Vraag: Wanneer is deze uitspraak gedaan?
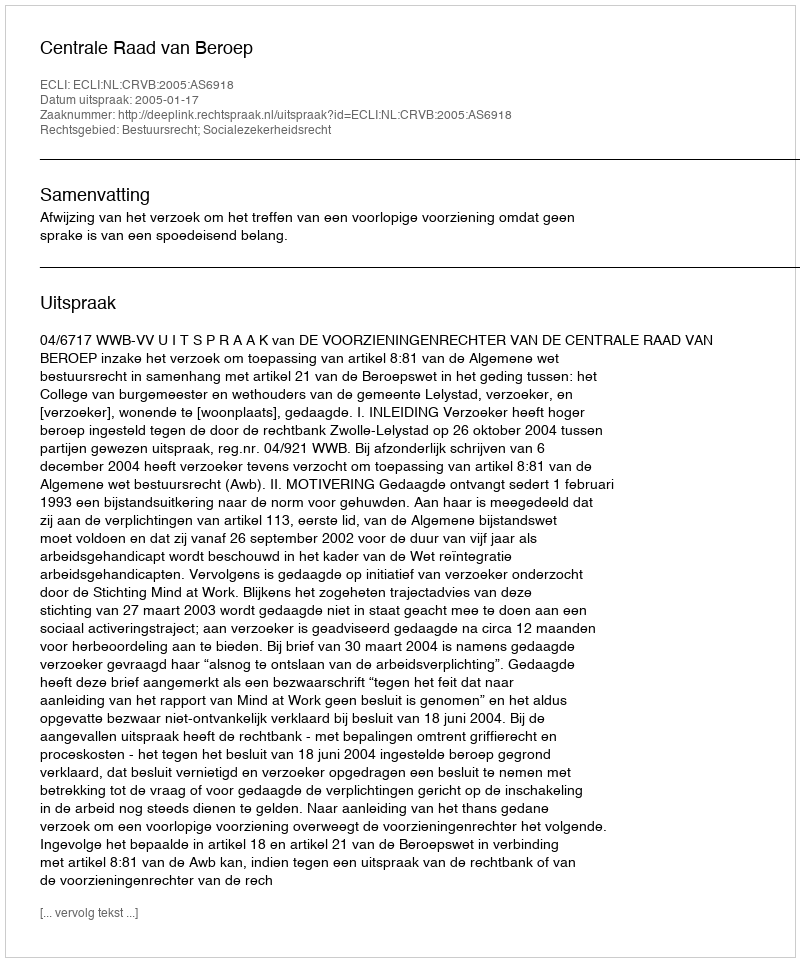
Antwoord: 2005-01-17